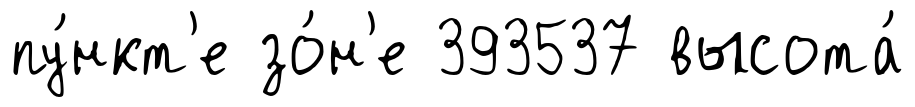
пу́нкт'е зо́н'е 393537 высота́